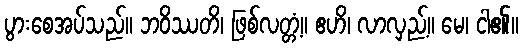
ပွားစေအပ်သည်။ ဘဝိဿတိ၊ ဖြစ်လတ္တံ့။ ဧဟိ၊ လာလှည့်။ မေ၊ ငါ၏။